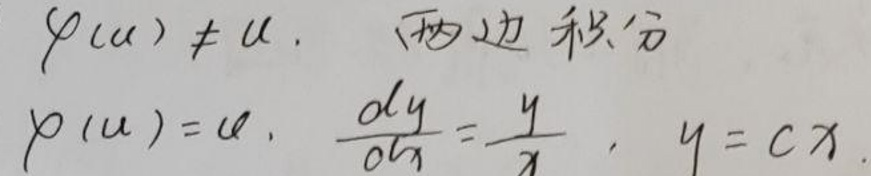
\(\varphi(u)&\neq u,\quad \)两边积分\\
\(\varphi(u)&=u,\quad \frac{dy}{dx}&=\frac{y}{x},\quad y = cx.\)